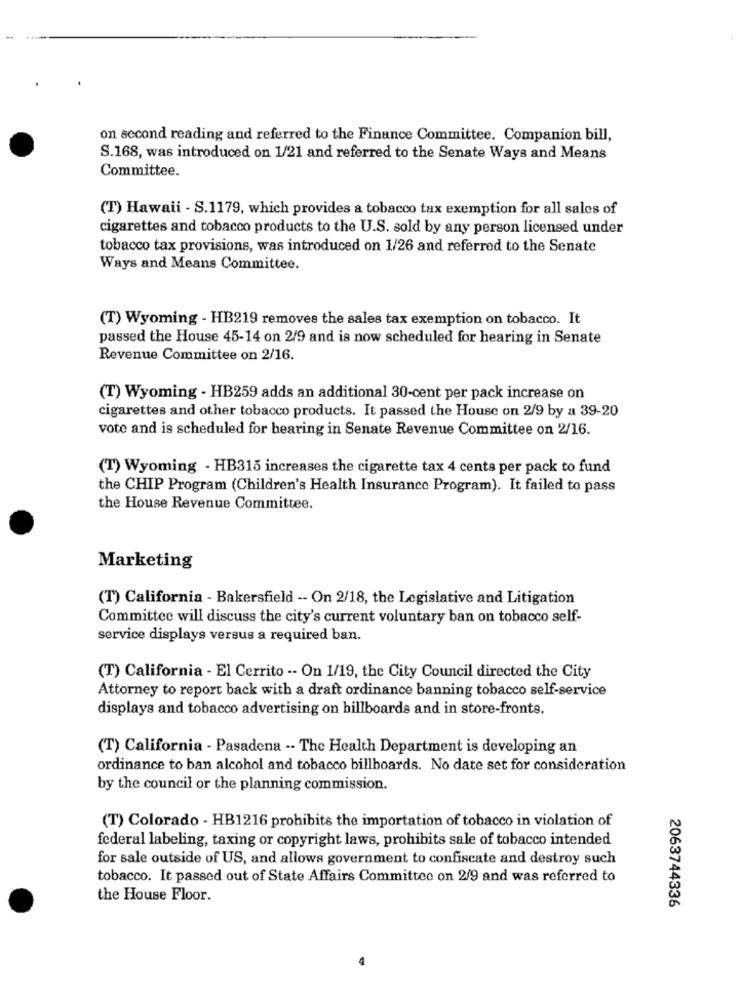
on second reading and referred to the Finance Committee. Companion bill,
S.168, was introduced on 1/21 and referred to the Senate Ways and Means
Committee.
(T) Hawaii - S.1179, which provides a tobacco tax exemption for all sales of
cigarettes and tobacco products to the U.S. sold by any person licensed under
tobacco tax provisions, was introduced on 1/26 and referred to the Senate
Ways and Means Committee.
(T) Wyoming - HB219 removes the sales tax exemption on tobacco. It
passed the House 45-14 on 2/9 and is now scheduled for hearing in Senate
Revenue Committee on 2/16.
(T) Wyoming - HB259 adds an additional 30-cent per pack increase on
cigarettes and other tobacco products. It passed the House on 2/9 by a 39-20
vote and is scheduled for hearing in Senate Revenue Committee on 2/16.
(T) Wyoming - HB315 increases the cigarette tax 4 cents per pack to fund
the CHIP Program (Children's Health Insurance Program). It failed to pass
the House Revenue Committee.
Marketing
(T) California - Bakersfield -- On 2/18, the Legislative and Litigation
Committee will discuss the city's current voluntary ban on tobacco self-
service displays versus a required ban.
(T) California - El Cerrito -- On 1/19, the City Council directed the City
Attorney to report back with a draft ordinance banning tobacco self-service
displays and tobacco advertising on billboards and in store-fronts.
(T) California - Pasadena -- The Health Department is developing an
ordinance to ban alcohol and tobacco billboards. No date set for consideration
by the council or the planning commission.
(T) Colorado - HB1216 prohibits the importation of tobacco in violation of
federal labeling, taxing or copyright laws, prohibits sale of tobacco intended
for sale outside of US, and allows government to confiscate and destroy such
tobacco. It passed out of State Affairs Committee on 2/9 and was referred to
the House Floor.
2063744336